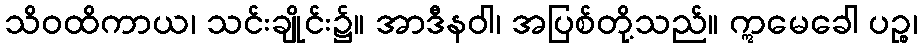
သိဝထိကာယ၊ သင်းချိုင်း၌။ အာဒီနဝါ၊ အပြစ်တို့သည်။ ဣမေခေါ ပဉ္စ၊